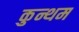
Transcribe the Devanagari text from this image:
कुन्थम